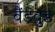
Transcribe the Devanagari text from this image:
वैंडवुड